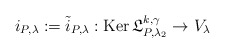
\begin{align*}i_{P,\lambda}:=\tilde i_{P,\lambda}:\operatorname{Ker}\mathfrak L_{P,\lambda_2}^{k,\gamma}\to V_{\lambda} \end{align*}